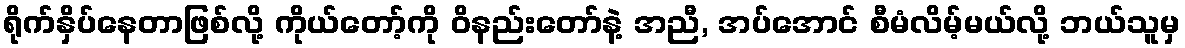
ရိုက်နှိပ်နေတာဖြစ်လို့ ကိုယ်တော့်ကို ဝိနည်းတော်နဲ့ အညီ, အပ်အောင် စီမံလိမ့်မယ်လို့ ဘယ်သူမှ